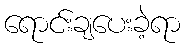
ရောင်းချပေးခဲ့ရာ